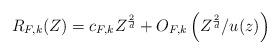
LaTeX: \begin{align*} R_{F,k}(Z) = c_{F,k} Z^{\frac{2}{d}} + O_{F,k} \left(Z^{\frac{2}{d}} / u(z)\right)\end{align*}